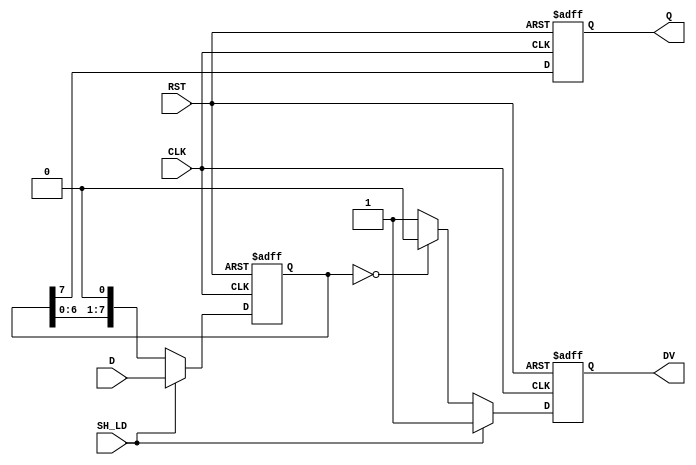
module piso_register #(
    parameter N = 8  // Parameter for the width of the register
)(
    input  wire [N-1:0] D,     // Parallel data input
    input  wire SH_LD,         // Shift/Load control signal
    input  wire CLK,            // Clock signal
    input  wire RST,            // Asynchronous reset
    output reg  Q,              // Serial output
    output reg  DV              // Data valid signal
);

    reg [N-1:0] shift_reg;      // Internal shift register
    integer i;                  // Loop variable for shifting

    always @(posedge CLK or posedge RST) begin
        if (RST) begin
            shift_reg <= {N{1'b0}}; // Clear the shift register
            Q <= 1'b0;              // Clear output
            DV <= 1'b0;             // Clear data valid signal
        end else begin
            if (SH_LD) begin
                // Load mode: Load parallel data into the shift register
                shift_reg <= D;
                Q <= shift_reg[N-1]; // Output the MSB
                DV <= 1'b1;          // Assert data valid
            end else begin
                // Shift mode: Shift the register to the right
                Q <= shift_reg[N-1]; // Output the MSB
                shift_reg <= {shift_reg[N-2:0], 1'b0}; // Shift right
                // Manage data valid signal
                if (shift_reg == {N{1'b0}}) begin
                    DV <= 1'b0; // De-assert data valid when all bits are shifted out
                end else begin
                    DV <= 1'b1; // Assert data valid if there are still bits to shift out
                end
            end
        end
    end

endmodule